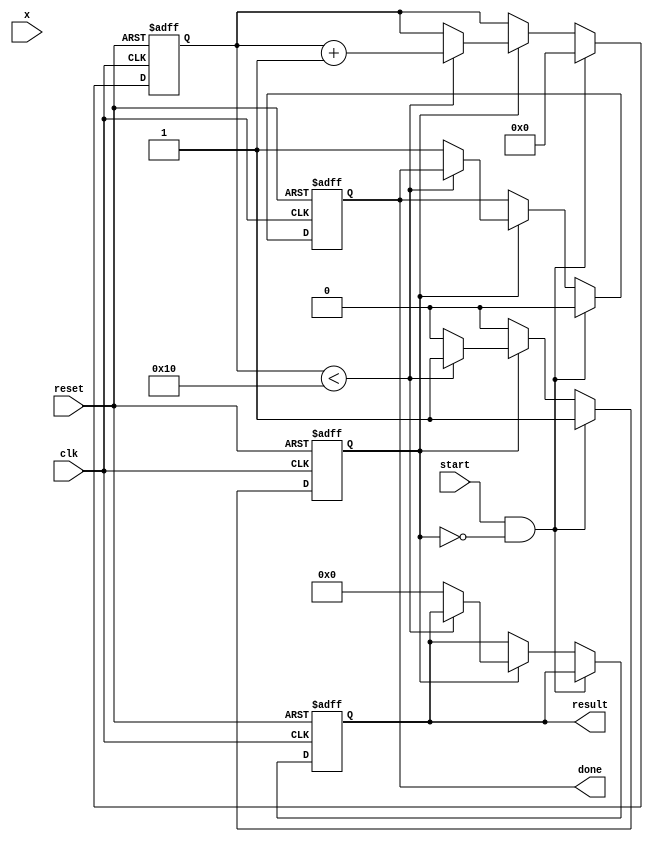
module CORDIC_Exponential (
    input wire clk,
    input wire reset,
    input wire start,
    input wire [15:0] x, // Input value for which e^x is calculated
    output reg [31:0] result, // Output result
    output reg done // Signal to indicate computation completion
);

// Parameters
parameter NUM_ITERATIONS = 16; // Number of iterations for CORDIC
parameter SCALING_FACTOR = 1.64676; // Scaling factor for e^x approximation

// Internal signals
reg [15:0] angle_table [0:NUM_ITERATIONS-1]; // Lookup table for arctangent values
reg [15:0] x_reg [0:NUM_ITERATIONS-1]; // Intermediate x values
reg [15:0] y_reg [0:NUM_ITERATIONS-1]; // Intermediate y values
reg [3:0] iteration; // Iteration counter
reg calculating; // Flag to indicate if calculation is in progress

// Initialize angle table with pre-computed arctangent values
initial begin
    angle_table[0] = 16'h1C90; // atan(1) = 45 degrees in Q15 format
    angle_table[1] = 16'h0D9A; // atan(0.5) in Q15 format
    angle_table[2] = 16'h05A8; // atan(0.25) in Q15 format
    // Continue initializing for all iterations...
end

// Control unit
always @(posedge clk or posedge reset) begin
    if (reset) begin
        iteration <= 0;
        calculating <= 0;
        done <= 0;
        result <= 0;
    end else if (start && !calculating) begin
        // Initialize registers for calculation
        x_reg[0] <= x;
        y_reg[0] <= 0; // Start with y = 0
        iteration <= 0;
        calculating <= 1;
        done <= 0;
    end else if (calculating) begin
        if (iteration < NUM_ITERATIONS) begin
            // CORDIC rotation process
            if (x_reg[iteration] >= 0) begin
                x_reg[iteration + 1] <= x_reg[iteration] - (y_reg[iteration] >>> iteration);
                y_reg[iteration + 1] <= y_reg[iteration] + (x_reg[iteration] >>> iteration);
            end else begin
                x_reg[iteration + 1] <= x_reg[iteration] + (y_reg[iteration] >>> iteration);
                y_reg[iteration + 1] <= y_reg[iteration] - (x_reg[iteration] >>> iteration);
            end

            iteration <= iteration + 1;
        end else begin
            // Final scaling and output
            result <= (x_reg[NUM_ITERATIONS] * SCALING_FACTOR) >> NUM_ITERATIONS; // Scale the result
            calculating <= 0;
            done <= 1; // Indicate completion
        end
    end
end

endmodule